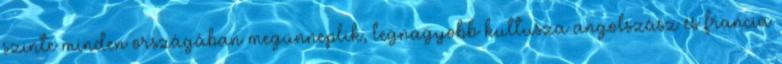
szinte minden országában megünneplik, legnagyobb kultusza angolszász és francia